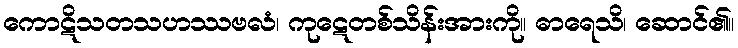
ကောဋိသတသဟဿဗလံ၊ ကုဋေတစ်သိန်းအားကို။ ဓာရေသိ၊ ဆောင်၏။